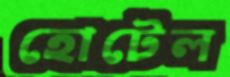
হোটেল